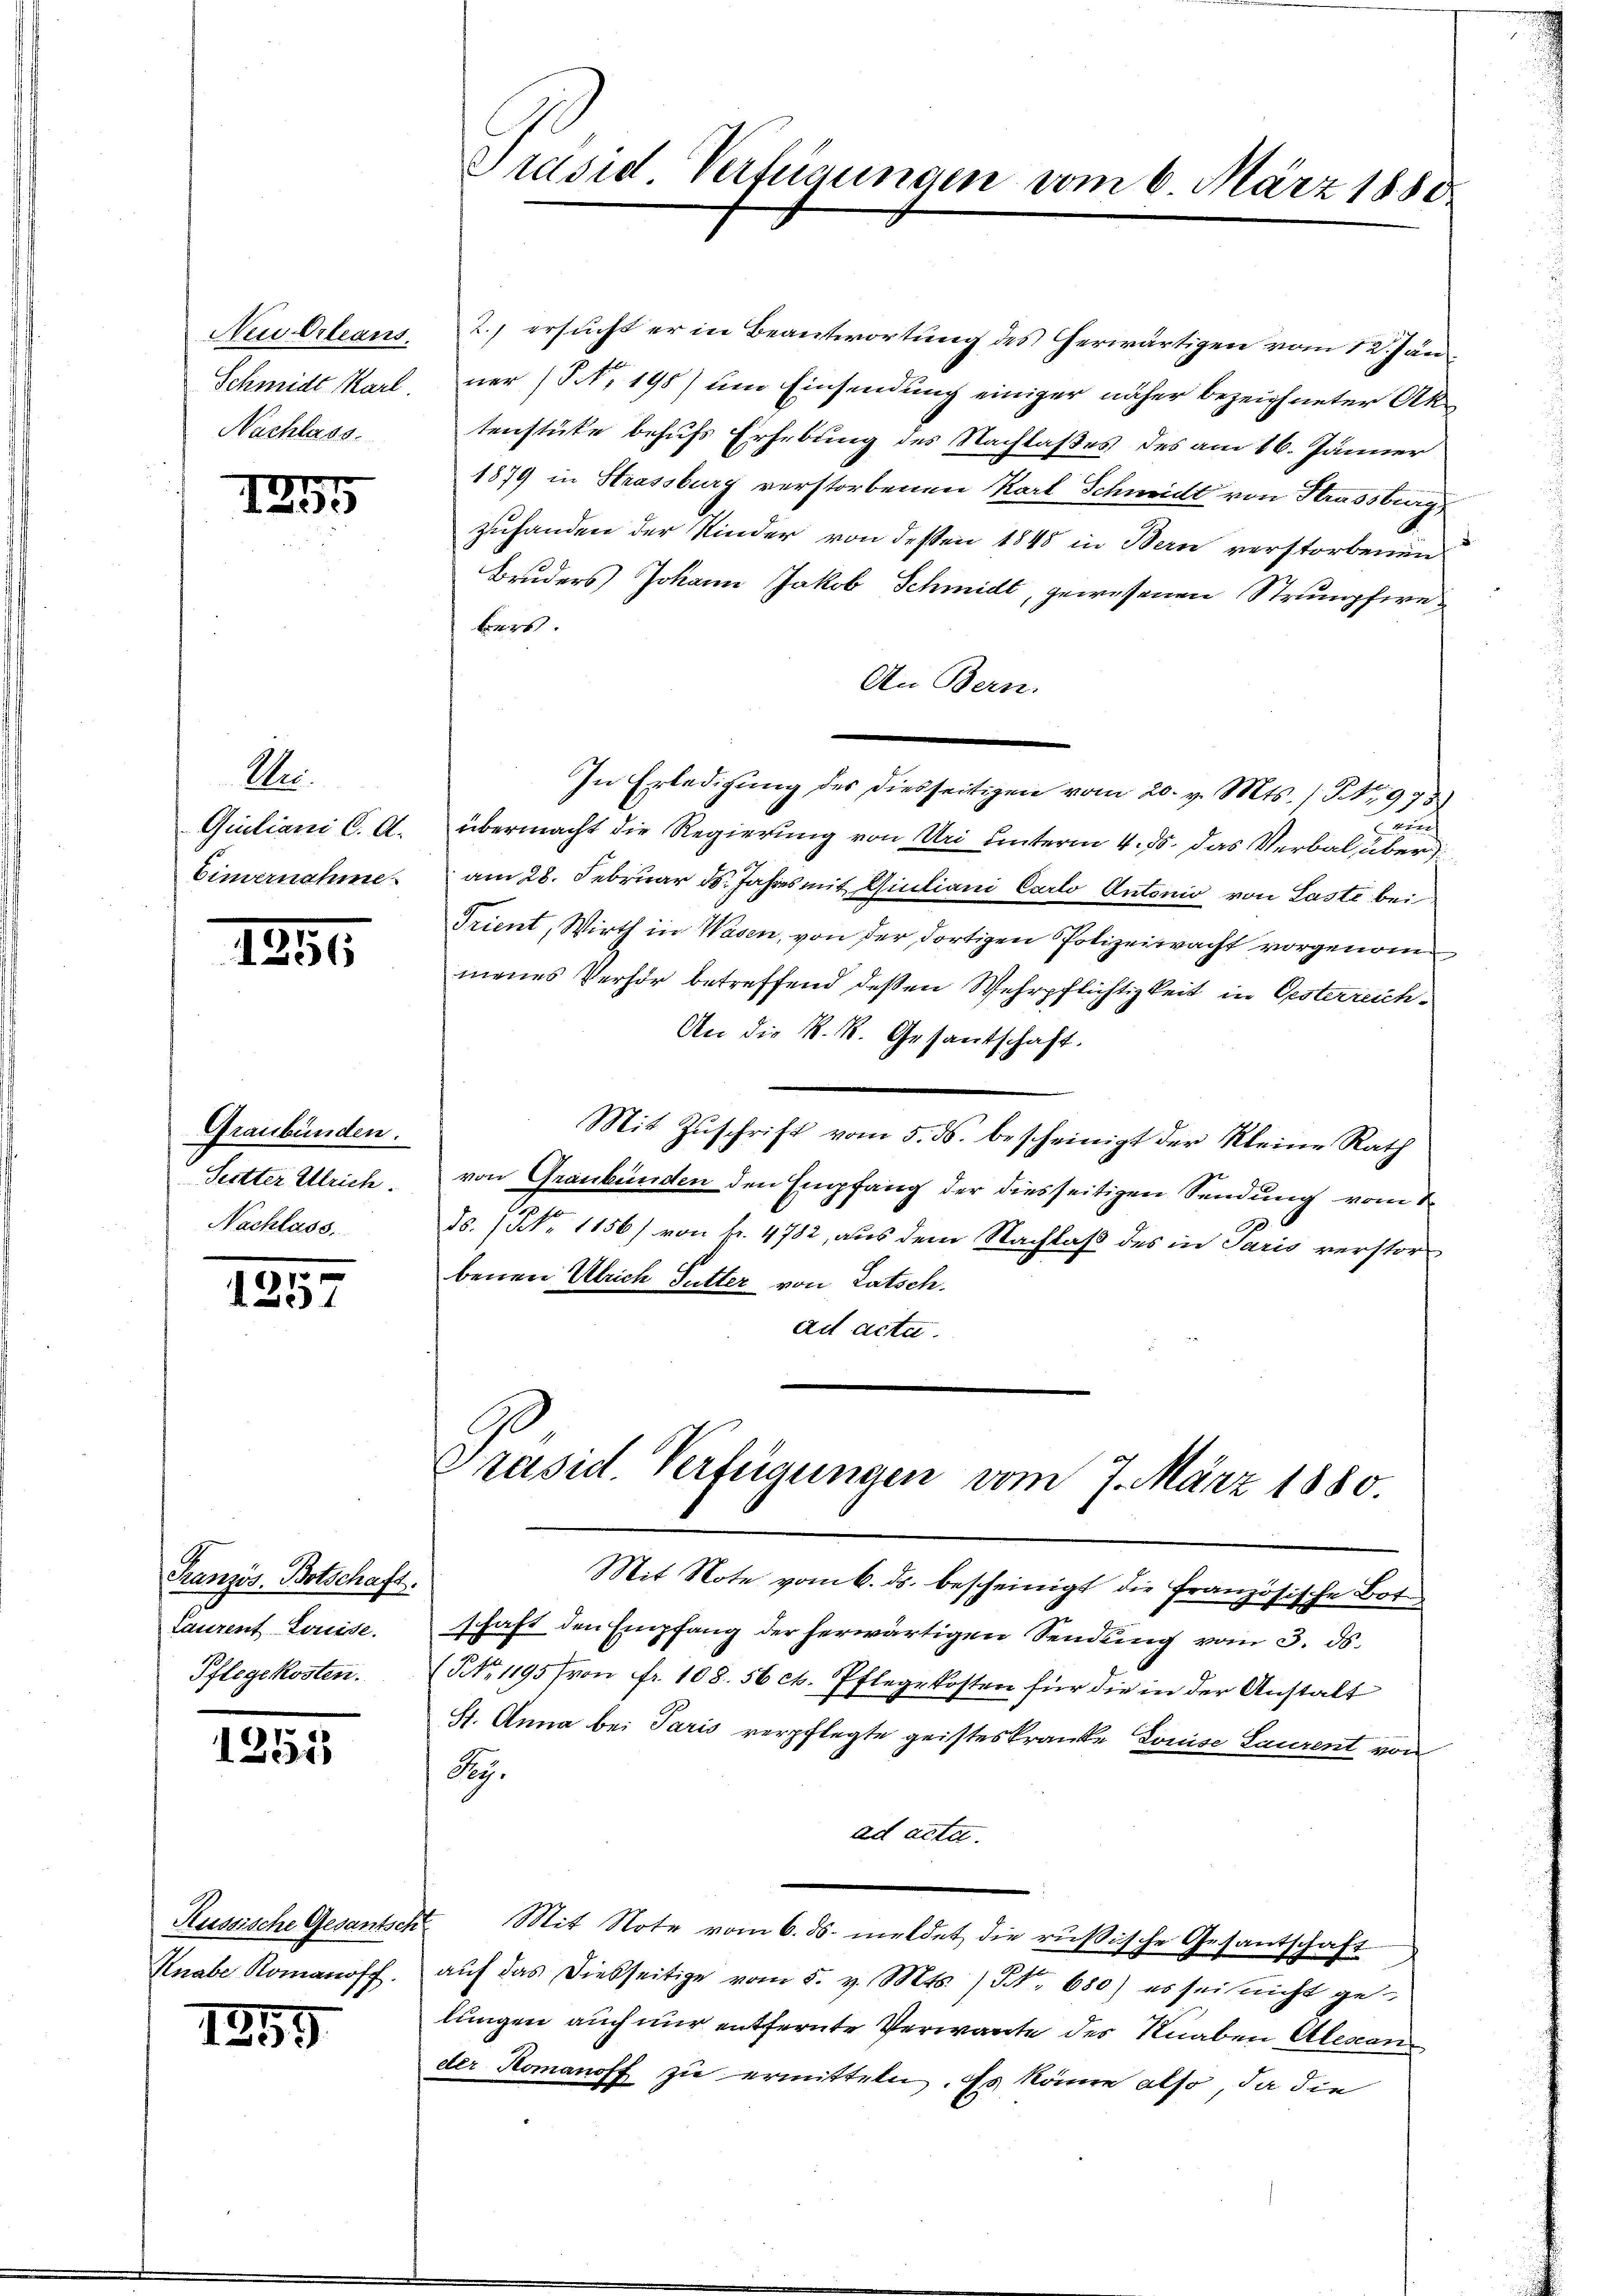
Neu Orleans
Schmidt Karl
Nachlass.

1255

Me
Quiliani C. A.
Eimernahme.

15191

Graubünden.
Setter Ulrich.
Nachlass.

1257

Kranzös. Botschaft.
Laurent Louise.
Pflegekosten.

1251

Russische Gesantsch
Knabe Romanoff.

1859

Präsid. Verfügungen vom 6. März 1880

2.) ersucht er in Beantwortung des erwärtigen vom 12. Jän
ner (S. 198) um Einsendung einiger näher bezeichneter Aktenstüke behufs Erhebung des Nachlaßes des am 16. Jänner
1879 in Strassburg verstorbenen Karl Schmidt von Strassburg
zuhanden der Kinder von dessen 1848 in Bern verstorbenen
Bruders Johann Jakob Schmidt, gewesenen Strumpfwebers.
An Bern.
In Erledigung des diesseitigen vom 20. v. Mts. (Fr. 973
B
übermacht die Regierung von Uri unterm 4. ds. das Verbal über
am 28. Februar ds. Jahres mit Quiliani Carlo Antonio von Laste bei
Trient, Wirth in Wasen, von der dortigen Polizeiwacht vorgenomm
menes Verhör betreffend deßen Wehrpflichtigkeit in Oesterreich¬
An die K. R. Gesantschaft.
Mit Zŭschrift vom 5. ds. bescheinigt der Kleine Rath
von Graubünden den Empfang der diesseitigen Sendung vom 1
ds. (NNo. 1156) von fr. 4782, aus dem Nachlaß des in Paris verstorbenen Ulrich Sutter von Ratsch.
ad acta.

Präsid. Verfügungen vom 7. März 1880

Mit Note vom 6. ds. bescheinigt die französische Bote
schaft den Empfang der herwärtigen Sendung vom 3. ds.
(NNo. 1195 von fr. 108. 56 ct. Pflegekosten für die in der Anstalt
St. Anna bei Paris verpflegte geisteskranke Louise Laurent von
Sy
ad acta.
Mit Note vom 6. ds. meldet die rußische Gesantschaft
aŭf das diesseitige vom 5. v. Mts. / NNo. 680) es sei nicht gelungen auch nur entfernte Verwarte des Knaben Alescan
der Romanoff zu ermitteln. Es könne also, da die